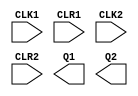
// 74x393 Dual 4-bit ripple counter
(* blackbox *)
`ifndef MOD_74x393
`define MOD_74x393
module MOD_74x393 (
    input CLK1,
    input CLR1,
    input CLK2,
    input CLR2,
    output reg [3:0] Q1,
    output reg [3:0] Q2
);

initial begin
  Q1 = 0;
  Q2 = 0;
end

always @(posedge CLR1) begin
    Q1 = 0;
end

always @(posedge CLR2) begin
    Q1 = 0;
end

always @(negedge CLK1) begin
    if (CLR1)
        Q1 <= 0;
    else 
        Q1 <= Q1 + 1;
end

always @(negedge CLK2) begin
    if (CLR2)
        Q2 <= 0;
    else 
        Q2 <= Q2 + 1;
end

endmodule
`endif